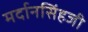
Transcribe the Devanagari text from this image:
मर्दानसिंहजी